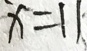
x = 1 1